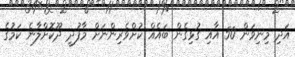
އަދި މިނިވަން 50 އާއި ގުޅިގެން ބައެއް ކުށްވެރިންނަށް މާފުދީ ދޫކޮށްލާނެ ކަމުގެ